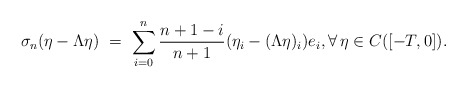
\begin{align*}\sigma_n(\eta-\Lambda\eta) \ = \ \sum_{i=0}^n \frac{n+1-i}{n+1} (\eta_i-(\Lambda\eta)_i) e_i, \forall\,\eta\in C([-T,0]).\end{align*}